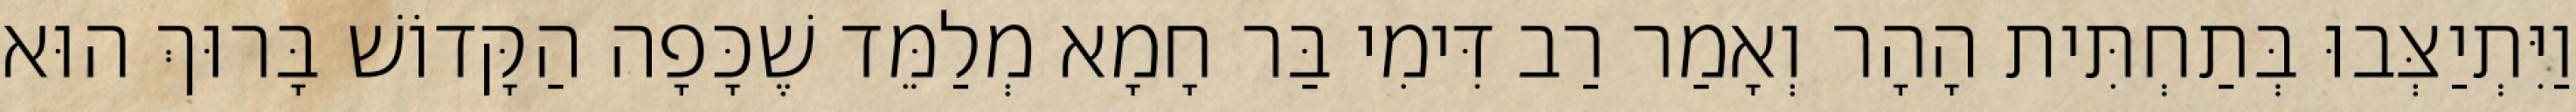
וַיִּתְיַצְּבוּ בְּתַחְתִּית הָהָר וְאָמַר רַב דִּימִי בַּר חָמָא מְלַמֵּד שֶׁכָּפָה הַקָּדוֹשׁ בָּרוּךְ הוּא